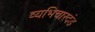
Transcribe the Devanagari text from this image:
व्यभिचारदंड